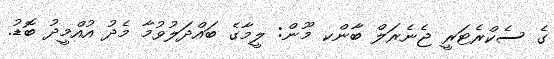
ގެ ސެކްރެޓަރީ ޖެނެރަލް ބާންކ މޫން: ލީމާގެ ބައްދަލުވުމާ މެދު އުއްމީދު ބޮޑު.